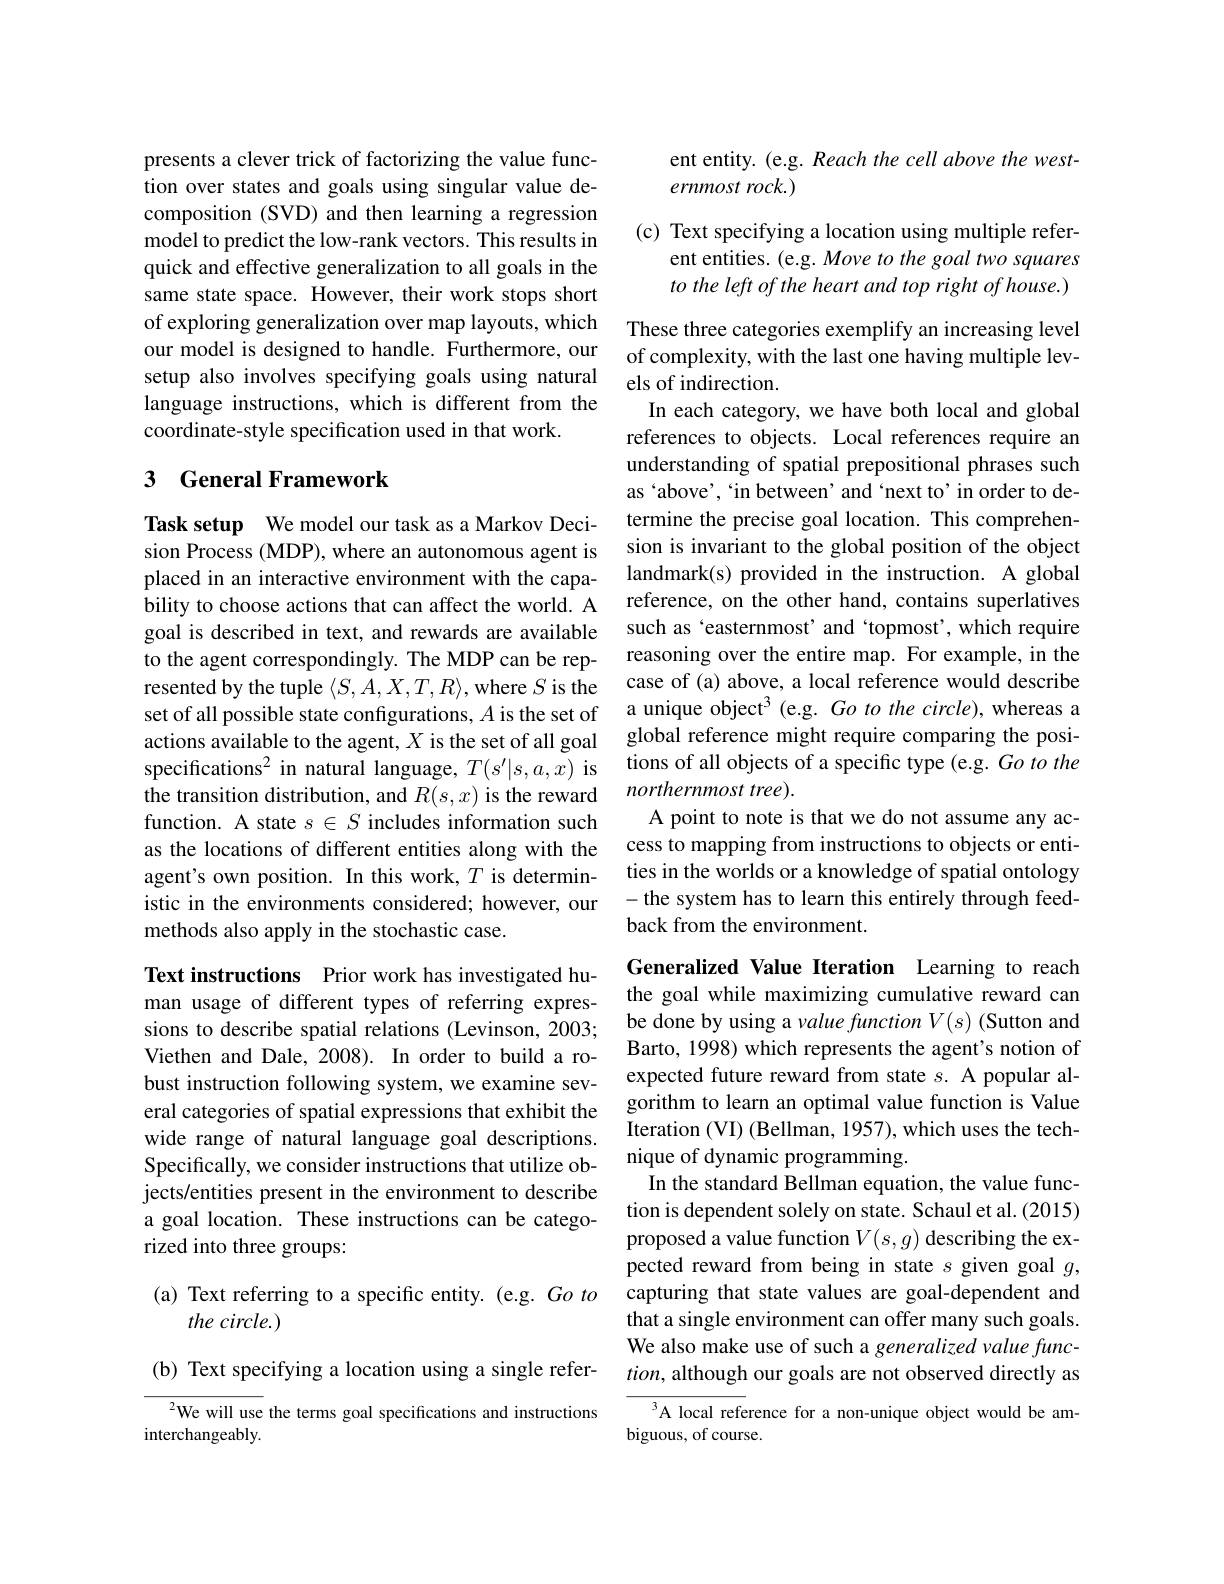
presents a clever trick of factorizing the value function over states and goals using singular value decomposition (SVD) and then learning a regression model to predict the low-rank vectors. This results in quick and effective generalization to all goals in the same state space. However, their work stops short of exploring generalization over map layouts, which our model is designed to handle. Furthermore, our setup also involves specifying goals using natural language instructions, which is different from the coordinate-style specification used in that work.

## 3 General Framework

Task setup We model our task as a Markov Decision Process (MDP), where an autonomous agent is placed in an interactive environment with the capability to choose actions that can affect the world. A goal is described in text, and rewards are available to the agent correspondingly. The MDP can be represented by the tuple $\langle S,A,X,T,R\rangle$,where $S$ is the set of all possible state configurations, $A$ is the set of actions available to the agent, $X$ is the set of all goal $specifications^2 in natural language, T(s^{\prime}|s,a,x) is$ the transition distribution, and $R(s,x)$ is the reward function. A state $s\in S$ includes information such as the locations of different entities along with the agent's own position. In this work, $T$ is deterministic in the environments considered; however, our methods also apply in the stochastic case.

Text instructions Prior work has investigated human usage of different types of referring expressions to describe spatial relations (Levinson, 2003; Viethen and Dale, 2008). In order to build a robust instruction following system, we examine several categories of spatial expressions that exhibit the wide range of natural language goal descriptions. Specifically, we consider instructions that utilize objects/entities present in the environment to describe a goal location. These instructions can be categorized into three groups:

## (a) Text referring to a specific entity. (e.g. Go to the circle.)

(b) Text specifying a location using a single refer-

$^{2}$We will use the terms goal specifications and instructions
interchangeably

ent entity. (e.g. Reach the cell above the west-
ernmost rock.)

(c) Text specifying a location using multiple refer-
ent entities. (e.g. Move to the goal two squares to the left of the heart and top right of house.)

These three categories exemplify an increasing level of complexity, with the last one having multiple levels of indirection.
In each category, we have both local and global references to objects. Local references require an understanding of spatial prepositional phrases such as‘above’,‘in between’and‘next to’in order to determine the precise goal location. This comprehension is invariant to the global position of the object landmark(s) provided in the instruction. A global reference, on the other hand, contains superlatives such as `easternmost' and 'topmost', which require reasoning over the entire map. For example, in the case of (a) above, a local reference would describe a unique object$^3$ (e.g. Go to the circle), whereas a global reference might require comparing the positions of all objects of a specific type (e.g. Go to the northernmost tree).
A point to note is that we do not assume any access to mapping from instructions to objects or entities in the worlds or a knowledge of spatial ontology -the system has to learn this entirely through feedback from the environment.
Generalized Value Iteration Learning to reach

the goal while maximizing cumulative reward can be done by using a value function $V(s)$ (Sutton and Barto, 1998) which represents the agent's notion of expected future reward from state $s.$ A popular algorithm to learn an optimal value function is Value Iteration (VI) (Bellman, 1957), which uses the technique of dynamic programming.
In the standard Bellman equation, the value function is dependent solely on state. Schaul et al. (2015) proposed a value function $V(s,g)$ describing the expected reward from being in state $s$ given goal $g$, capturing that state values are goal-dependent and that a single environment can offer many such goals. We also make use of such a generalized value func- $tion$, although our goals are not observed directly as

$^3$A local reference for a non-unique object would be am-
biguous, of course.